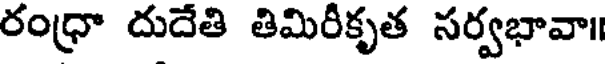
రంధ్రా దుదేతి తిమిరీకృత సర్వభావా॥